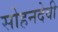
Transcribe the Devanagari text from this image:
सोहनदेवी